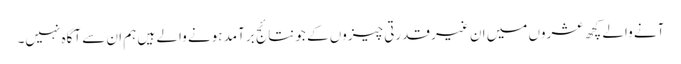
آنے والے کچھ عشروں میں ان غیر قدرتی چیزوں کے جو نتائج برآمد ہونے والے ہیں ہم ان سے آگاہ نہیں۔